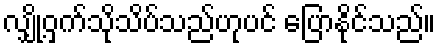
လျှို့ဝှက်သိုသိပ်သည်ဟုပင် ပြောနိုင်သည်။